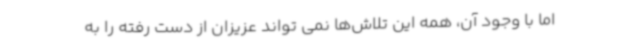
اما با وجود آن، همه این تلاش‌ها نمی تواند عزیزان از دست رفته را به